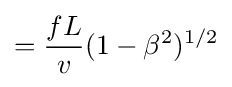
={\frac {fL}{v}}(1-\beta ^{2})^{1/2}